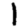
Digit: 1